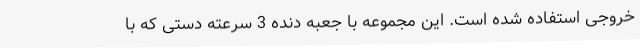
خروجی استفاده شده است. این مجموعه با جعبه دنده 3 سرعته دستی که با